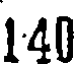
140